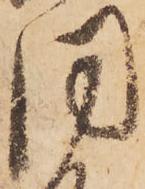
同